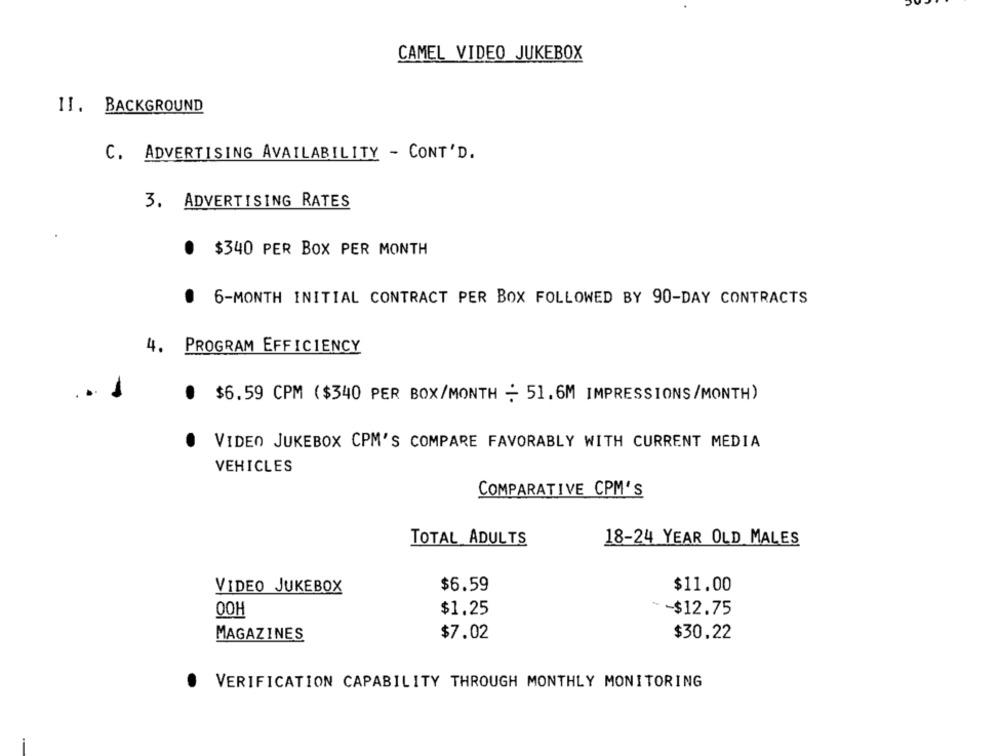
CAMEL VIDEO JUKEBOX
11. BACKGROUND
C. ADVERTISING AVAILABILITY - CONT'D.
3. ADVERTISING RATES
. $340 PER BOX PER MONTH
.
6-MONTH INITIAL CONTRACT PER BOX FOLLOWED BY 90-DAY CONTRACTS
PROGRAM EFFICIENCY
4.
.
$6.59 CPM ($340 PER BOX/MONTH - 51.6M IMPRESSIONS/MONTH)
VIDEO JUKEBOX CPM'S COMPARE FAVORABLY WITH CURRENT MEDIA
VEHICLES
COMPARATIVE CPM'S
TOTAL ADULTS
18-24 YEAR OLD MALES
VIDEO JUKEBOX
$6.59
$11.00
00H
$1.25
-$12.75
MAGAZINES
$7.02
$30.22
VERIFICATION CAPABILITY THROUGH MONTHLY MONITORING